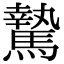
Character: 騺